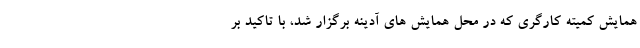
همایش کمیته کارگری که در محل همایش های آدینه برگزار شد، با تاکید بر